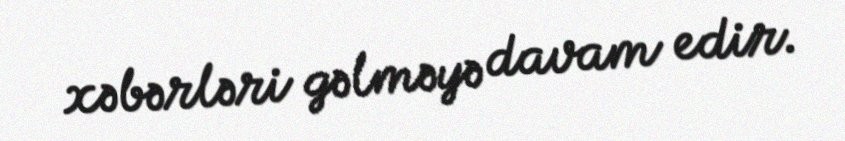
xəbərləri gəlməyə davam edir.